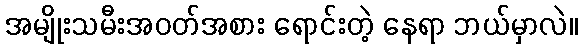
အမျိုးသမီးအဝတ်အစား ရောင်းတဲ့ နေရာ ဘယ်မှာလဲ။